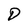
Character: D